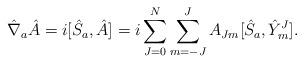
LaTeX: \begin{align*} {\hat \nabla}_a{\hat A}=i[{\hat S}_a, {\hat A}]= i\sum_{J=0}^N \sum_{m=-J}^J A_{Jm}[{\hat S}_a,{\hat Y}_m^J].\end{align*}